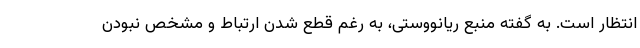
انتظار است. به گفته منبع ریانووستی، به رغم قطع شدن ارتباط و مشخص نبودن